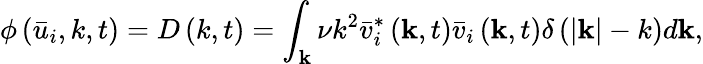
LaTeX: \phi\left({{{\bar{u}}_{i}},k,t}\right)={D}\left({k,t}\right)=\int_{\mathbf{k}}{\nu{k^{2}}\bar{v}_{i}^{*}\left({{\mathbf{k}},t}\right){{\bar{v}}_{i}}\left({{\mathbf{k}},t}\right)\delta\left({\left|{\mathbf{k}}\right|-k}\right)d{\mathbf{k}}},